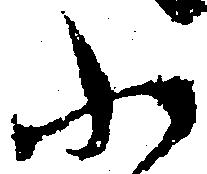
ふ